Annual statistical returns and brief notes on vaccination in Bengal - 1896-1909
Year: 1896
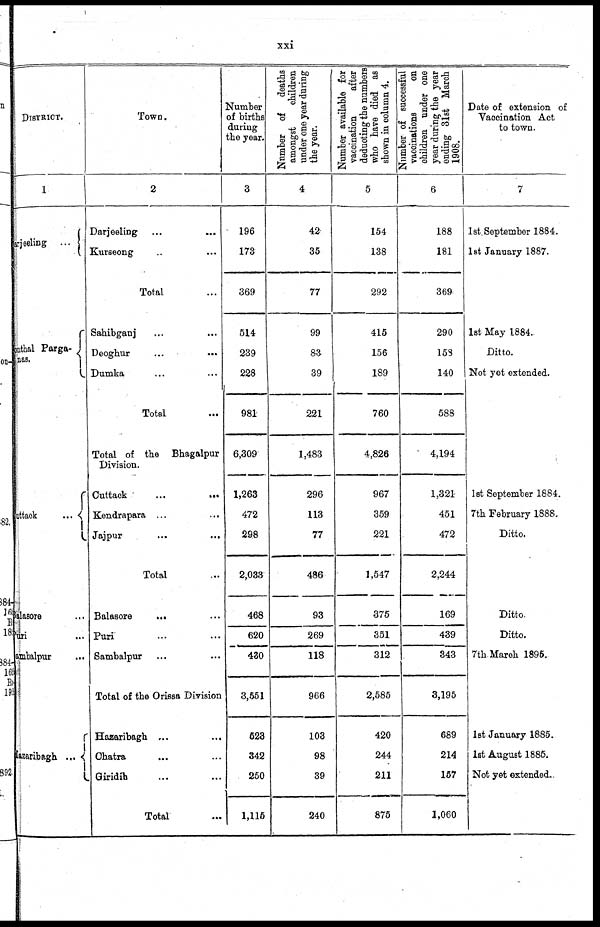
xxi
DISTRICT.
1
Darjeeling...
Sonthal Parga-
nas.
Cuttack...
Balasore...
Puri...
Sambalpur...
Hazaribagh...
Town.
2
Darjeeling... ...
Kurseong... ...
Total...
Sahibganj... ...
Deoghur...
...
Dumka... ...
Total...
Total of the Bhagalpur
Division.
Cuttack...
...
Kendrapara... ...
Jajpur...
...
Total...
Balasore...
...
Puri... ...
Sambalpur... ...
Total of the Orissa Division
Hasaribagh... ...
Chatra... ...
Giridih... ...
Total...
Number
of births
during
the year.
3
196
173
369
514
239
228
981
6,309
1,263
472
298
2,033
468
620
430
3,551
523
342
250
1,115
Number of deaths
amongst
children
under one year during
the year.
4
42
35
77
99
83
39
221
1,483
296
113
77
486
93
269
118
966
103
98
39
240
Number available for
vaccination
after
deducting the numbers
who have died as
shown in column 4.
5
154
138
292
415
156
189
760
4,826
967
359
221
1,547
375
351
312
2,585
420
244
211
875
Number of successful
vaccinations
on
children under one
year during the year
ending 31st March
1908.
6
188
181
369
290
158
140
588
4,194
1,321
451
472
2,244
169
439
343
3,195
689
214
157
1,060
Date of extension of
Vaccination Act
to town.
7
1st. September 1884.
1st January 1887.
1st May 1884..
Ditto.
Not yet extended.
1st September 1884.
7th February 1888.
Ditto.
Ditto.
Ditto.
7th March 1895.
1st January 1885.
1st August 1885.
Not yet extended..